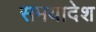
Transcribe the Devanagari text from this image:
समयादेश